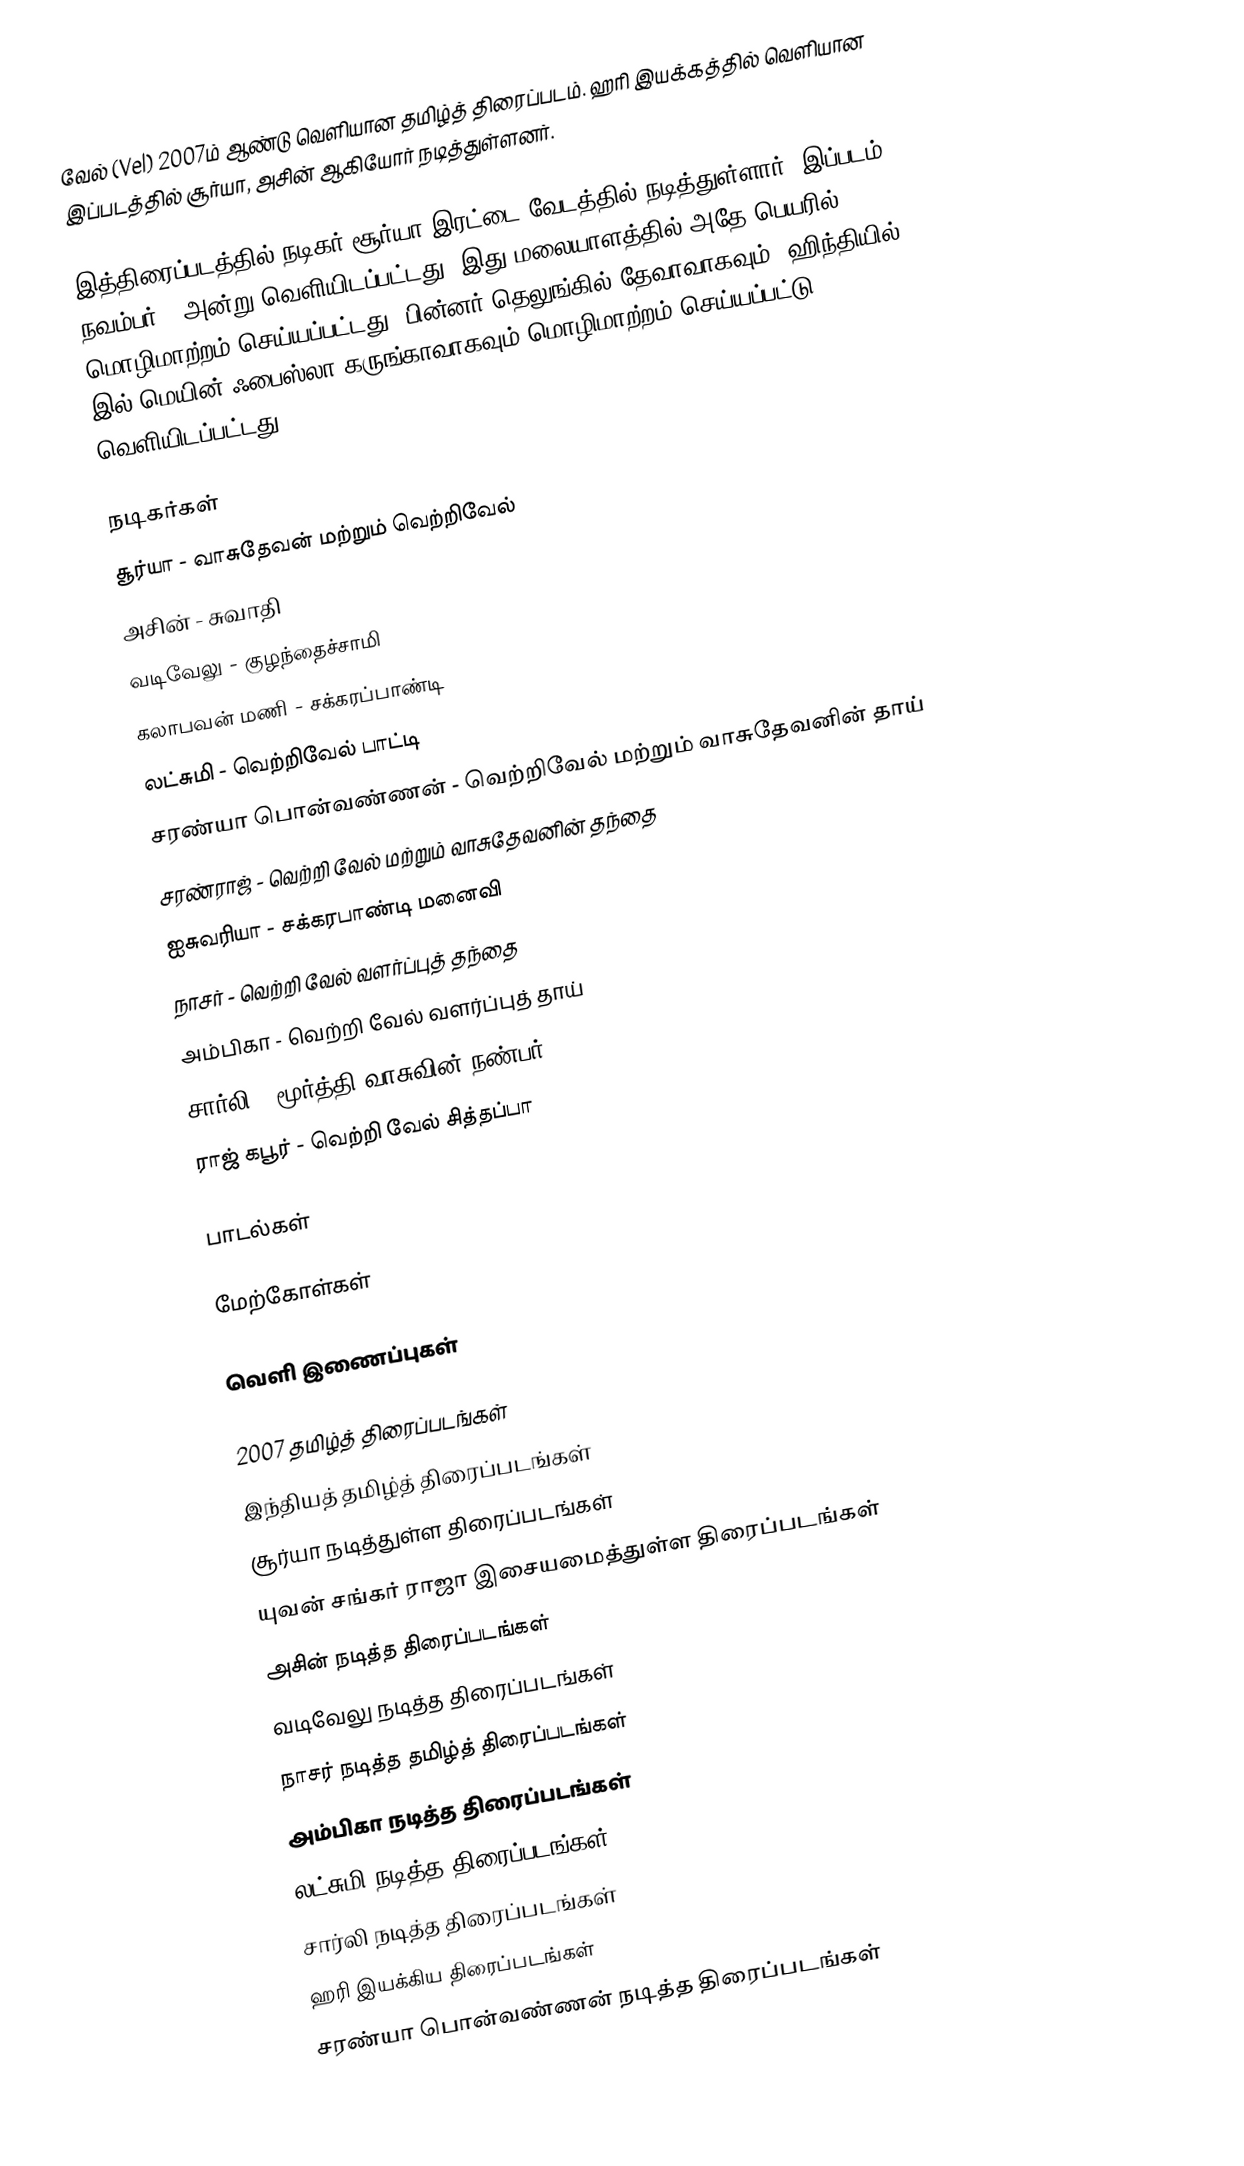
வேல் (Vel) 2007ம் ஆண்டு வெளியான தமிழ்த் திரைப்படம். ஹரி இயக்கத்தில் வெளியான இப்படத்தில் சூர்யா, அசின் ஆகியோர் நடித்துள்ளனர்.

இத்திரைப்படத்தில் நடிகர் சூர்யா இரட்டை வேடத்தில் நடித்துள்ளார். இப்படம் 2007 நவம்பர் 8 அன்று வெளியிடப்பட்டது. இது மலையாளத்தில் அதே பெயரில் மொழிமாற்றம்   செய்யப்பட்டது. பின்னர் தெலுங்கில் தேவாவாகவும், ஹிந்தியில் 2014 இல் மெயின் ஃபைஸ்லா கருங்காவாகவும் மொழிமாற்றம் செய்யப்பட்டு வெளியிடப்பட்டது.

நடிகர்கள்
 சூர்யா - வாசுதேவன் மற்றும் வெற்றிவேல்
 அசின் - சுவாதி
 வடிவேலு - குழந்தைச்சாமி
 கலாபவன் மணி - சக்கரப்பாண்டி
 லட்சுமி - வெற்றிவேல் பாட்டி
 சரண்யா பொன்வண்ணன் - வெற்றிவேல் மற்றும் வாசுதேவனின் தாய்
 சரண்ராஜ் - வெற்றி வேல் மற்றும் வாசுதேவனின் தந்தை
 ஐசுவரியா - சக்கரபாண்டி மனைவி
 நாசர் - வெற்றி வேல் வளர்ப்புத் தந்தை
 அம்பிகா - வெற்றி வேல் வளர்ப்புத் தாய்
 சார்லி -  மூர்த்தி வாசுவின் நண்பர்
 ராஜ் கபூர்  - வெற்றி வேல் சித்தப்பா

பாடல்கள்

மேற்கோள்கள்

வெளி இணைப்புகள்

2007 தமிழ்த் திரைப்படங்கள்
இந்தியத் தமிழ்த் திரைப்படங்கள்
சூர்யா நடித்துள்ள திரைப்படங்கள்
யுவன் சங்கர் ராஜா இசையமைத்துள்ள திரைப்படங்கள்
அசின் நடித்த திரைப்படங்கள்
வடிவேலு நடித்த திரைப்படங்கள்
நாசர் நடித்த தமிழ்த் திரைப்படங்கள்
அம்பிகா நடித்த திரைப்படங்கள்
லட்சுமி நடித்த திரைப்படங்கள்
சார்லி நடித்த திரைப்படங்கள்
ஹரி இயக்கிய திரைப்படங்கள்
சரண்யா பொன்வண்ணன் நடித்த திரைப்படங்கள்